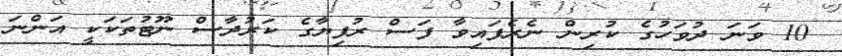
10 ވަނަ ދުވަހުގެ ކުރިން ނެރެފައިވާ ފަސް ރުފިޔާގެ ކަރުދާސް ނޫޓުތަކަކީ އަންނަ